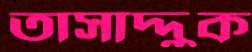
তাসাদ্দুক